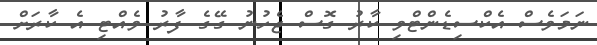
ނަމަވެސް އެކްސިޑެންޓްވި ކާރު ގޮސް ޖެހުނު ގޭގެ ފާރު ވެއްޓި އެ ކާރަށް